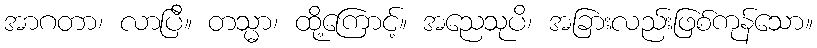
အာဂတာ၊ လာပြီ။ တသ္မာ၊ ထို့ကြောင့်။ အညေသုပိ၊ အခြားလည်းဖြစ်ကုန်သော။